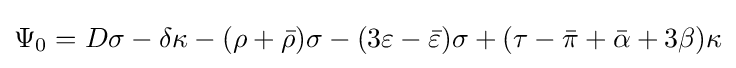
\Psi _{0}=D\sigma -\delta \kappa -(\rho +{\bar {\rho }})\sigma -(3\varepsilon -{\bar {\varepsilon }})\sigma +(\tau -{\bar {\pi }}+{\bar {\alpha }}+3\beta )\kappa